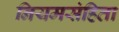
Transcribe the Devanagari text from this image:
नियमसंहिता